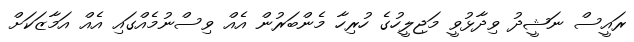
ރައީސް ނަޝީދު ވިދާޅުވީ މަޖިލީހުގެ ހުރިހާ މެންބަރުން އެއް ވިސްނުމެއްގައި އެއް އަމާޒަކަށް